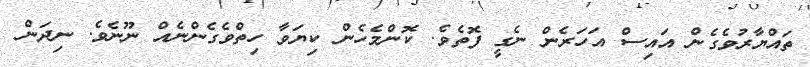
ތައްޔާރުވެގެން އައިސް އަހަރެން ނެގީ ފޮތެވެ. ކޮންމެހެން ކިޔަވާ ހިތްވެގެންނެއް ނޫނެވެ. ނިދަން